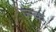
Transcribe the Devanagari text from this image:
ज्न्क